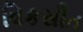
વિકસીત